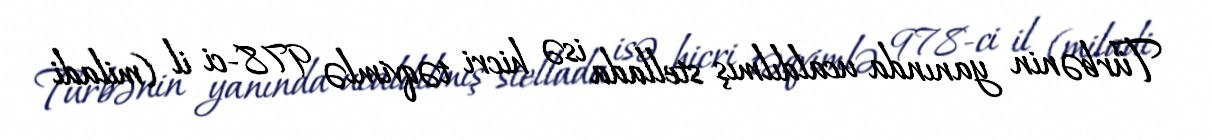
Türbənin yanında ucaldılmış stellada isə hicri təqvimlə 978-ci il (miladi